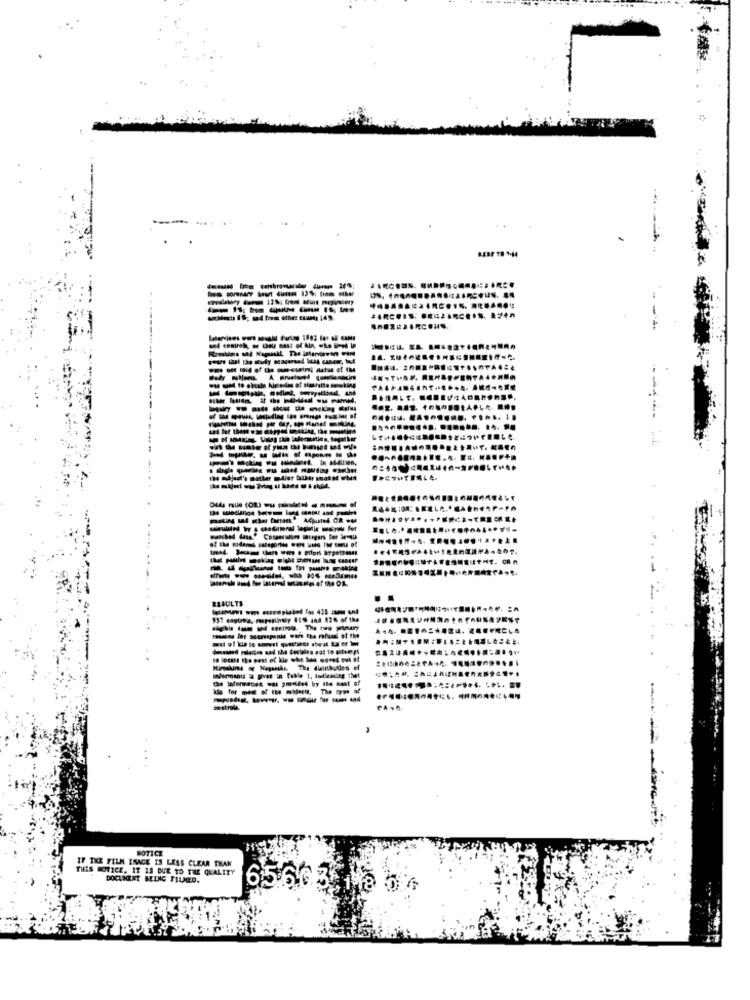
-------
BARCOIS. FORZARCEIS. ... 40
-------
... ... .....
RESULTS
151 castrea. mspesiiniy 419 and 42% of the
reasons Jet setresponde won the refusal, of the
------
NOTICE
IF THE FILM INAGE IS LESS CLEAR THAN
THIS NOTICE, IT IS DUE TO THE QUALITY
DOCUNEET BEING TIUED.
6566